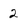
Character: 2